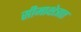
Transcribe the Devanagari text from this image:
सीमाक्षेत्रात